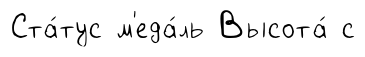
Ста́тус м'еда́ль Высота́ с